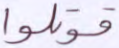
قوتلوا